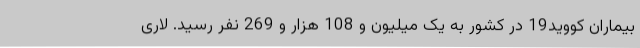
بیماران کووید19 در کشور به یک میلیون و 108 هزار و 269 نفر رسید. لاری